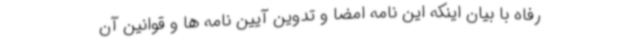
رفاه با بیان اینکه این نامه امضا و تدوین آیین نامه ها و قوانین آن